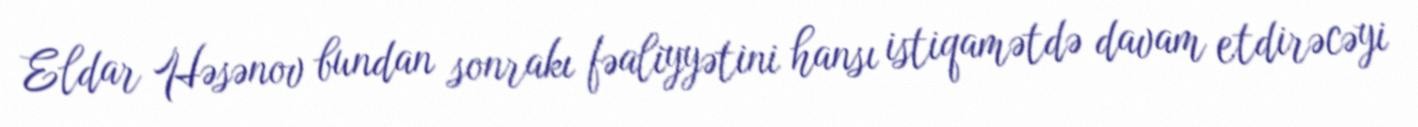
Eldar Həsənov bundan sonrakı fəaliyyətini hansı istiqamətdə davam etdirəcəyi